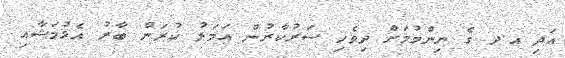
އަދި އ.ދ ގެ ނިންމުމަށް ދިވެހި ސަރުކާރުން އަމަލު ކުރަން ބާރު އެޅުމަޝާއި